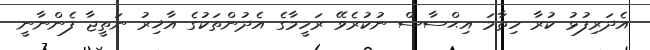
އެދަރިފުޅު ކުރާ ހިތާމަ އިޙްސާސް ނުކުރެވޭ ރަހީމާގެ އެދުންތަކުގެ އާޚިރު ނަތީޖާ ފެންނާނީ